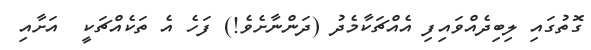
ގޮތުގައި ލިބިދެއްވައިފި އެއްޗަކާމެދު (ދަންނާށެވެ!) ފަހެ އެ ތަކެއްޗަކީ  އަށާއި